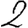
Digit: 2